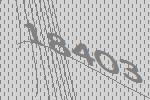
18403